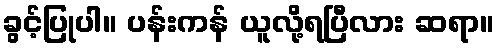
ခွင့်ပြုပါ။ ပန်းကန် ယူလို့ရပြီလား ဆရာ။